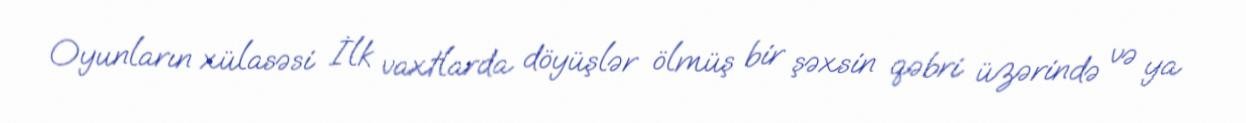
Oyunların xülasəsi İlk vaxtlarda döyüşlər ölmüş bir şəxsin qəbri üzərində və ya